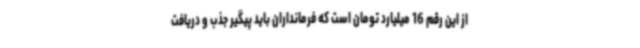
از این رقم 16 میلیارد تومان است که فرمانداران باید پیگیر جذب و دریافت